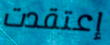
إعتقدت